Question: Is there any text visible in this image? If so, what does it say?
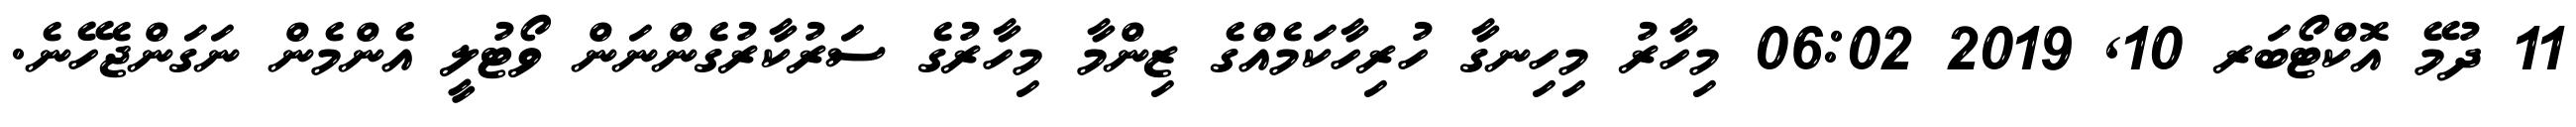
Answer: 11 ދުމޭ އޮކްޓޯބަރ 10, 2019 06:02 މިހާރު މިހިނގާ ހުރިހާކަމެއްގެ ޒިންމާ މިހާރުގެ ސަރުކާރުގެންނަން ވޯޓުލީ އެންމެން ނަގަންޖެހޭނެ.